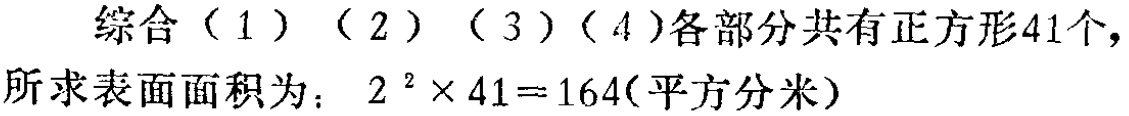
综合（1）（2）（3）（4）各部分共有正方形41个，

所求表面面积为：\(2^{2} \times 41 = 164\)(平方分米)